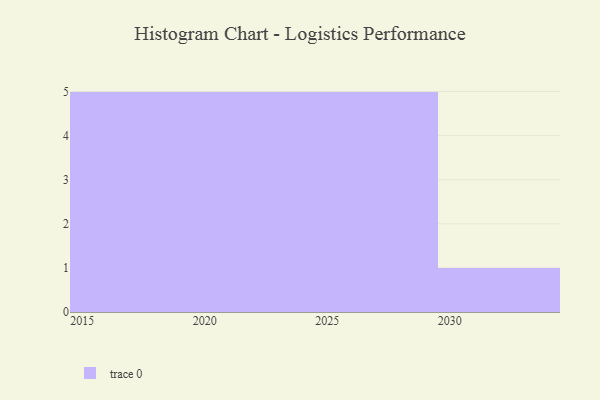
{"axis": {"x": "Year", "y": "Backlog"}, "legend": [""], "data": [{"x": "2023", "y": 74, "type": ""}, {"x": "2030", "y": 13, "type": ""}, {"x": "2022", "y": 76, "type": ""}, {"x": "2025", "y": 45, "type": ""}, {"x": "2026", "y": 73, "type": ""}, {"x": "2020", "y": 3, "type": ""}, {"x": "2018", "y": 12, "type": ""}, {"x": "2021", "y": 21, "type": ""}, {"x": "2027", "y": 28, "type": ""}, {"x": "2016", "y": 34, "type": ""}, {"x": "2019", "y": 71, "type": ""}, {"x": "2024", "y": 53, "type": ""}, {"x": "2029", "y": 69, "type": ""}, {"x": "2017", "y": 34, "type": ""}, {"x": "2028", "y": 49, "type": ""}, {"x": "2015", "y": 52, "type": ""}]}